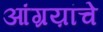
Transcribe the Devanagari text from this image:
आंग्रय़ांचे